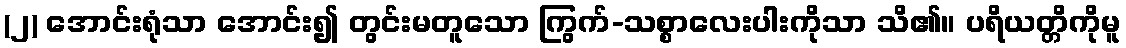
(၂) အောင်းရုံသာ အောင်း၍ တွင်းမတူသော ကြွက်-သစ္စာလေးပါးကိုသာ သိ၏။ ပရိယတ္တိကိုမူ